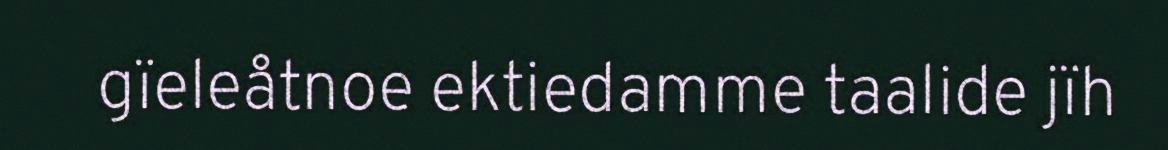
gïeleåtnoe ektiedamme taalide jïh